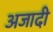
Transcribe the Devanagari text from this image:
अजादी